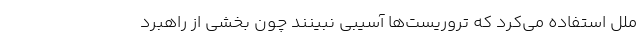
ملل استفاده می‌کرد که تروریست‌ها آسیبی نبینند چون بخشی از راهبرد